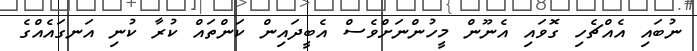
ނުބައި އެއްޗެހި ގޮވައި އެނޫން މީހުންނަށްވެސް އެބީދައިން ކަންތައް ކުރާ ކުނި އަނގައެއްގެ